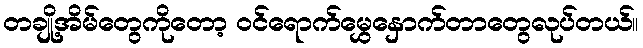
တချို့အိမ်တွေကိုတော့ ဝင်ရောက်မွှေနှောက်တာတွေလုပ်တယ်။